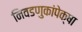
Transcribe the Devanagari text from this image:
निवडणुकांपेक्षा